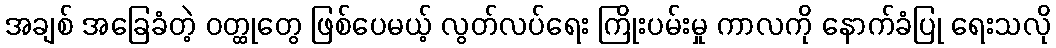
အချစ် အခြေခံတဲ့ ဝတ္ထုတွေ ဖြစ်ပေမယ့် လွတ်လပ်ရေး ကြိုးပမ်းမှု ကာလကို နောက်ခံပြု ရေးသလို